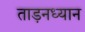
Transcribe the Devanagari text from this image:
ताड़नध्यान